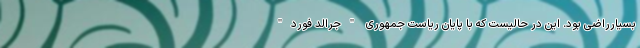
بسیارراضی بود. این در حالیست که با پایان ریاست جمهوری "جرالد فورد"